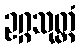
ဥဂ္ဂသုတ္တံ